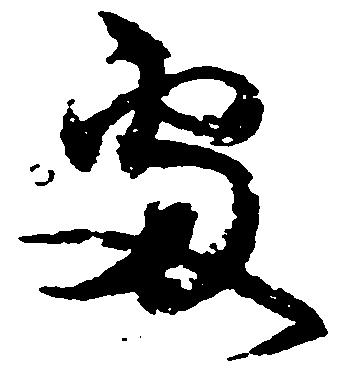
処